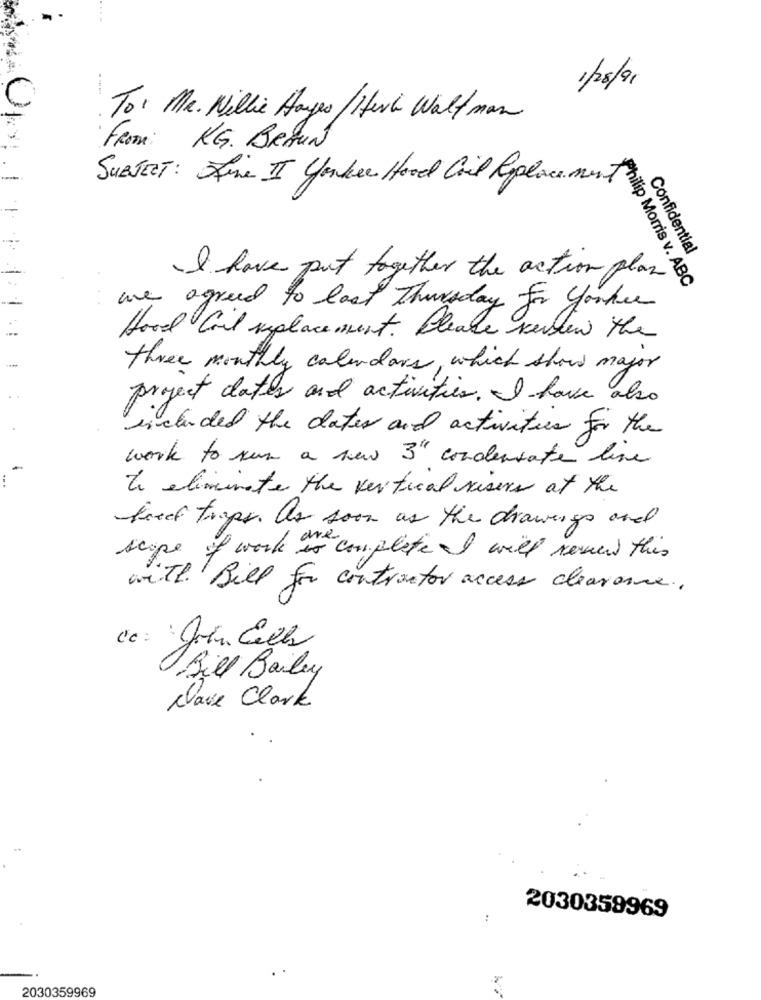
1/28/91
Tor Me. Willie Hanges / Heck Walt man
From: KG. BRAUN
SUBJECT: Fine II Yorker Hood Coil Replacement
Confidential
I have put together the action plan
Philip Morris v. ABC
are agreed to last Thursday for Yorkie
Hood Coil replacement . Please kenlew the
three monthly calendars, which show mayor
project dates and activities. I have also
included the dates and activities for the
work to run a new 3" condensate line
to eliminate the vertical risers at the
bredt traps. As soon as the drawings and
scope of work are
to complete I will review this
with Bill for contractor access clearance ..
Bill Bailey
chave Clark
:
2030359969
2030359969